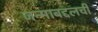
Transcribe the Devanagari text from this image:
जन्माबद्दलची